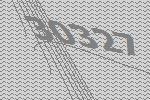
30327